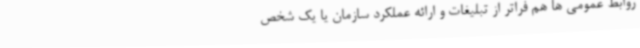
روابط عمومی ها هم فراتر از تبلیغات و ارائه عملکرد سازمان یا یک شخص